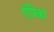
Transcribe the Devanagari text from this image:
ऐप्रिको